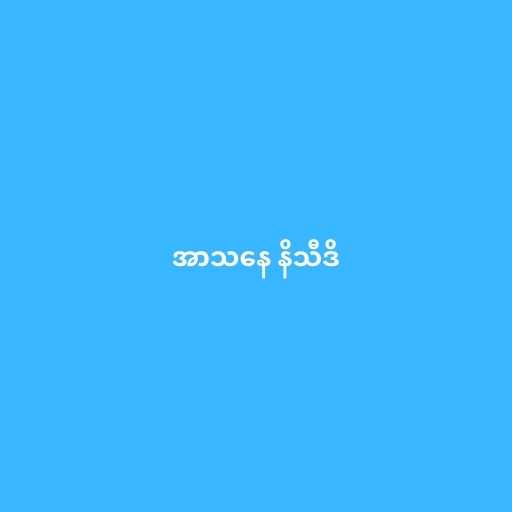
အာသနေ နိသီဒိ